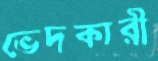
ভেদকারী